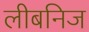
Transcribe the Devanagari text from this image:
लीबनिज